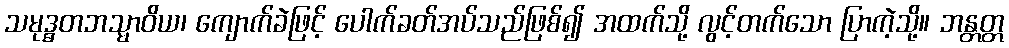
သမုဒ္ဓတဘသ္မာဝိယ၊ ကျောက်ခဲဖြင့် ပေါက်ခတ်အပ်သည်ဖြစ်၍ အထက်သို့ လွင့်တက်သော ပြာကဲ့သို့။ ဘန္တတ္တ